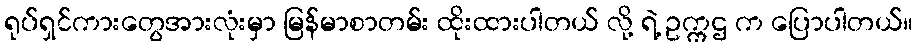
ရုပ်ရှင်ကားတွေအားလုံးမှာ မြန်မာစာတမ်း ထိုးထားပါတယ် လို့ ရဲ့ ဥက္ကဌ က ပြောပါတယ်။